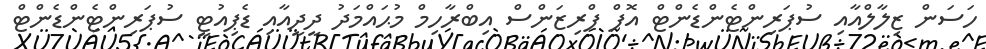
ހަސަން ޒިލާލްއާއި ސުޕަރިންޓެންޑެންޓް އޮފް ޕްރިޒަންސް އިބްރާހިމް މުޙައްމަދު ދީދީއާއި ޑެޕިއުޓީ ސުޕަރިންޓެންޑެންޓް